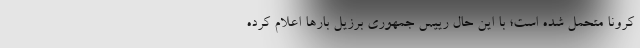
کرونا متحمل شده است؛ با این حال رییس جمهوری برزیل بارها اعلام کرده